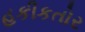
હકીકતોર